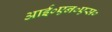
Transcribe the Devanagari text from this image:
आई०एन०एस०